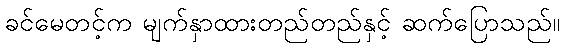
ခင်မေတင့်က မျက်နှာထားတည်တည်နှင့် ဆက်ပြောသည်။